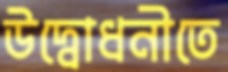
উদ্বোধনীতে